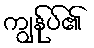
ကျွန်ုပ်၏